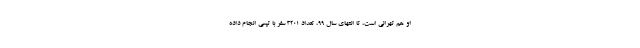
او هم تهرانی است، تا انتهای سال ۹۹، تعداد ۳۲۰۱ سفر با تپسی انجام داده